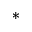
*